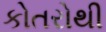
કોતરોથી